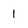
Character: 1